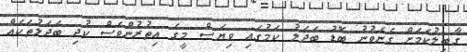
ގާބިލުކަމަށް ގެނެވުނު ބޮޑު ބަދަލު ކަމުގައި ވިޔަސް މީގެ އިތުރުންވެސް ކުދި ބަދަލުތަކެއް